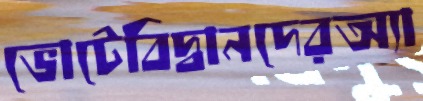
ভোটেবিদ্বানদেরঅ্যা